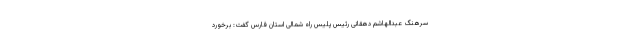
سرهنگ عبدالهاشم دهقانی رئیس پلیس راه شمالی استان فارس گفت: برخورد